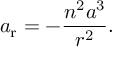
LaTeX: a _ { \mathrm { r } } = - { \frac { n ^ { 2 } a ^ { 3 } } { r ^ { 2 } } } .